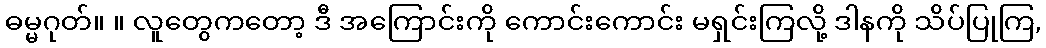
ဓမ္မဂုတ်။ ။ လူတွေကတော့ ဒီ အကြောင်းကို ကောင်းကောင်း မရှင်းကြလို့ ဒါနကို သိပ်ပြုကြ,